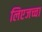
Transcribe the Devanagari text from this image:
लिएजच्चा